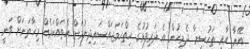
އޭނާ އާއި ތަހުސީނާ ދެމީހުން އެ ދަރިފުޅުގެ ހިތްހަމަޖައްސައިދިނުމަށް އެތައްކަމެއް މިހާތަނަށް ވަނީ